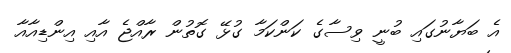
އެ ބަޔާނުގައި ބުނީ ވިސާގެ ކަންކަމާ ގުޅޭ ގޮތުން ރާއްޖެ އާއި އިންޑިއާއާ